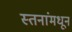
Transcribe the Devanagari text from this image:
स्तनांमधून